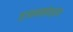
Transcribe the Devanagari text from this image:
ज्ञानक्षेत्रांत